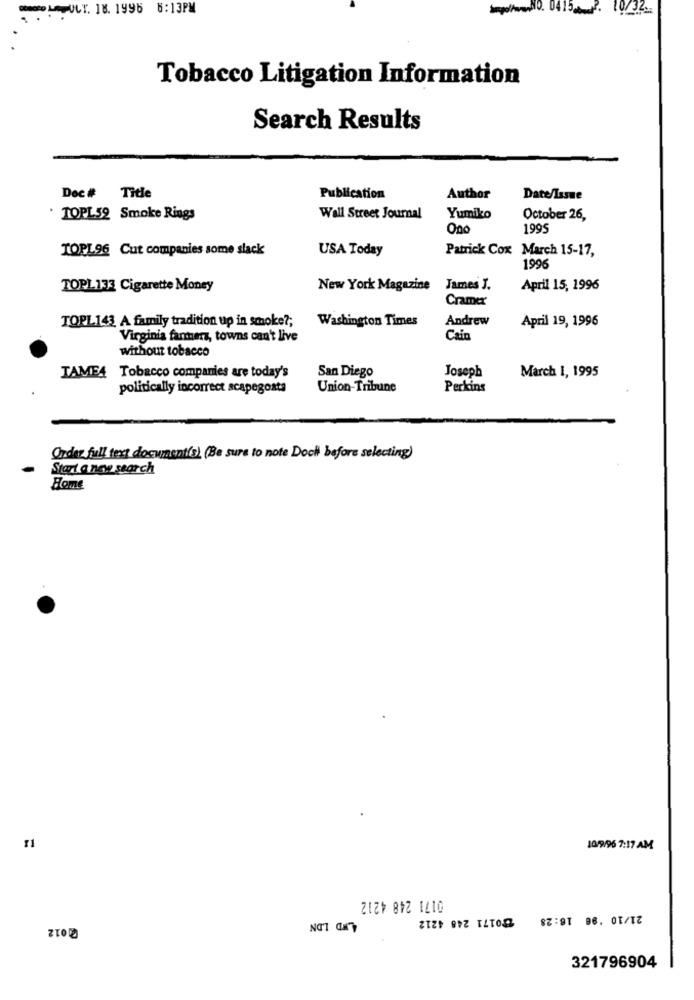
. 18. 1996 6:13PM
Emp/ww.90. 0415_P. 10/32.
Tobacco Litigation Information
Search Results
Doc # Title
Publication
Author
Date/Issue
. TOPL59 Smoke Rings
Wall Street Journal
Yumiko
October 26,
Ono
1995
TOPL96 Cut companies some slack
USA Today
Patrick Cox March 15-17,
1996
TOPL133 Cigarette Money
New York Magazine
James J.
April 15, 1996
Cramer
TOPL143 A family tradition up in smoke ?;
Washington Times
Andrew
April 19, 1996
Virginia farmers, towns can't live
Cain
without tobacco
San Diego
Joseph
March 1, 1995
TAME4 Tobacco companies are today's
politically incorrect scapegosta
Union-Tribune
Perkins
Order full text document(s) (Be sure to note Doch before selecting)
Start a new search
Home
10/9/96 7:17 AM
0171 248 4212
৳0171 248 4212
2 012
4.WD LDN
321796904